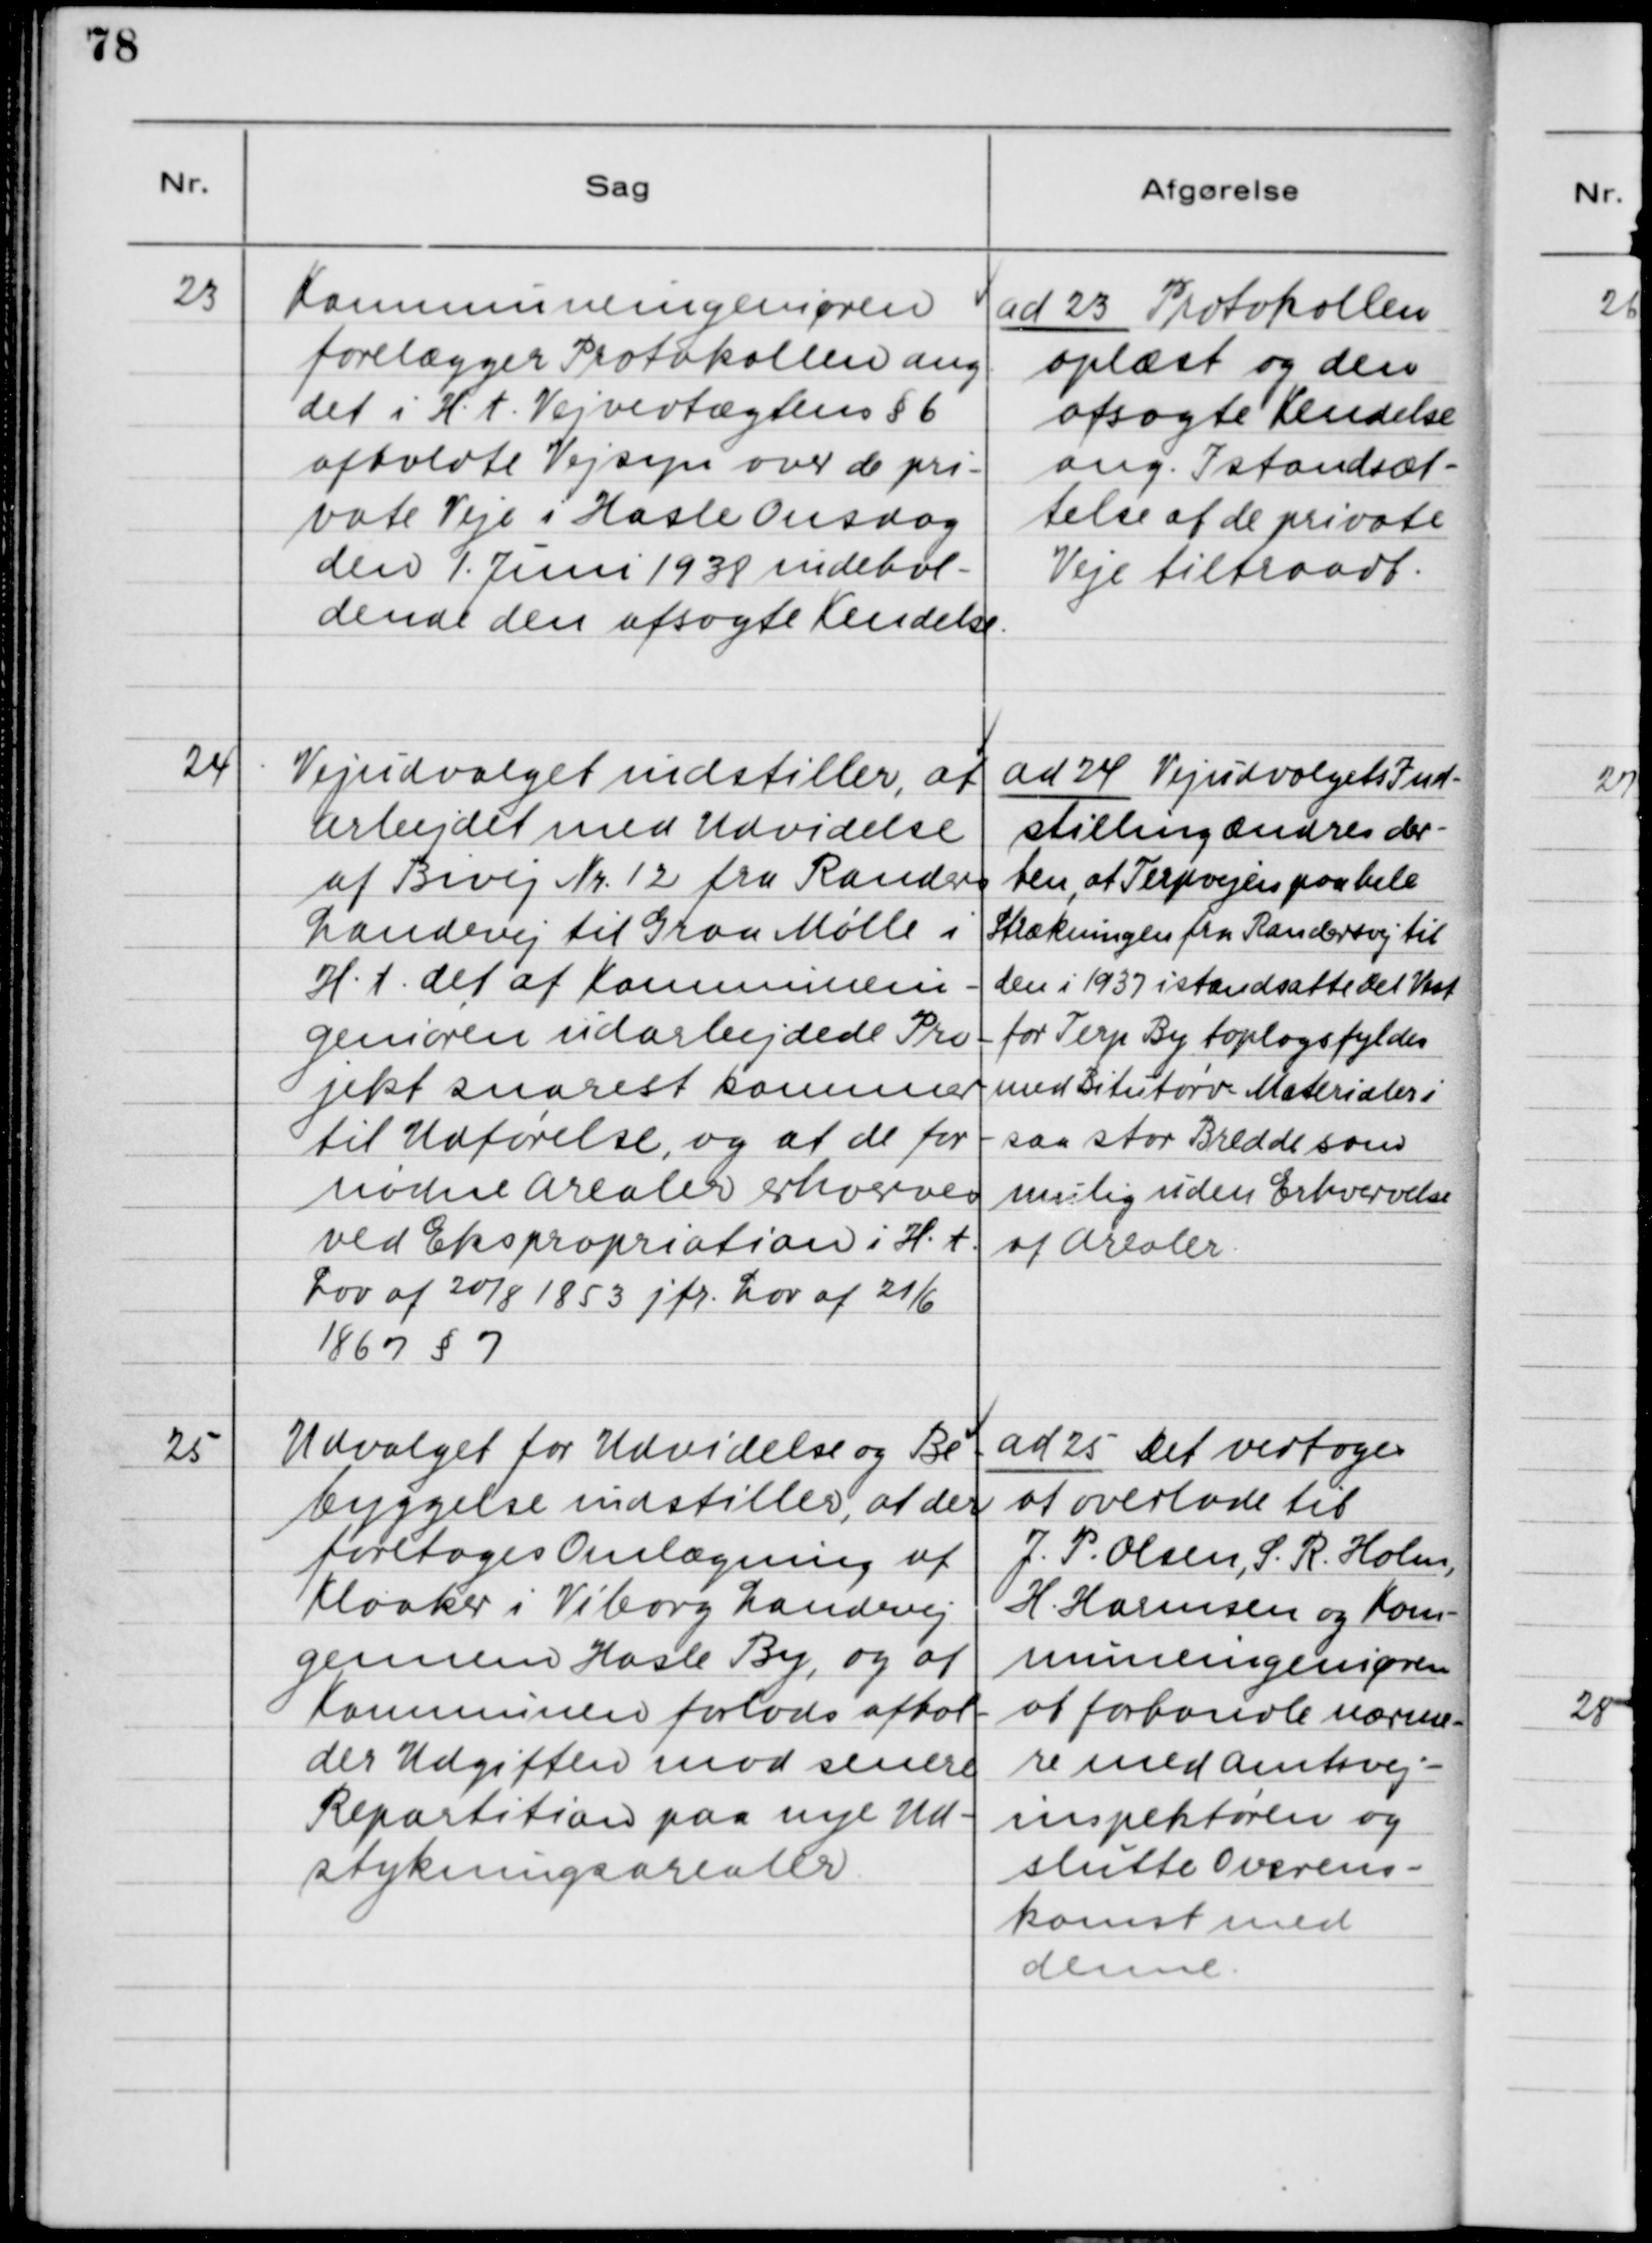
Transskription:
23. Kommuneingeniøren
forelægger Protokollen ang.
det i H. t. Vejvedtægtens §6
afholdte Vejsyn over de pri-
vate Veje i Hasle Onsdag
den 1. Juni 1938 indehol-
dende den afsagte Kendelse.

ad 23. Protokollen
oplæst og den
afsagte Kendelse
ang. Istandsæt-
telse af de private
Veje tiltraadt.

24. Vejudvalget indstiller, at
Arbejdet med Udvidelse
af Bivej Nr. 12 fra Randers
Landevej til Graa Mølle i
H. t. det af Kommunein-
geniøren udarbejdede Pro-
jekt snarest kommer
til Udførelse, og at de for-
nødne Arealer erhverves
ved Ekspropriation i H. t.
Lov af 20/8 1853 jvf. Lov af 21/6
1867 § 7.

ad 24. Vejudvalgets ind-
stilling ændres der-
ten, at Terpvejen paa hele
Strækningen fra Randersvej til
den i 1937 istandsatte Del Vest
for Terp By toplagsfyldes
med Bitutørv Materialer i
saa stor Bredde som
mulig uden Erhvervelse
af Arealer.

25. Udvalget for Udvidelse og Be-
byggelse indstiller, at der
foretages Omlægning af
Kloaker i Viborg Landevej
gennem Hasle By, og at
Kommunen forlods afhol-
der Udgiften mod senere
Repartition paa nye Ud-
stykningsarealer.

ad 25. Det vedtoges
at overlade til
J. P. Olsen, S. R. Holm,
H. Harmsen og Kom-
muneingeniøren
at forhandle nærme-
re med Amtsvej-
inspektøren og
slutte Overens-
komst med
denne.